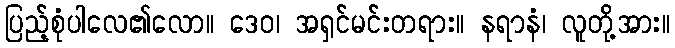
ပြည့်စုံပါလေ၏လော။ ဒေဝ၊ အရှင်မင်းတရား။ နရာနံ၊ လူတို့အား။